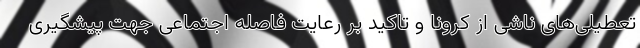
تعطیلی‌های ناشی از کرونا و تاکید بر رعایت فاصله اجتماعی جهت پیشگیری